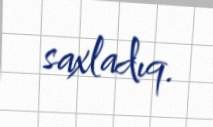
saxladıq.